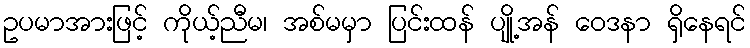
ဥပမာအားဖြင့် ကိုယ့်ညီမ၊ အစ်မမှာ ပြင်းထန် ပျို့အန် ဝေဒနာ ရှိနေရင်